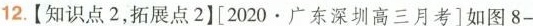
12.【知识点2，拓展点2】[2020·广东深圳高三月考]如图8-